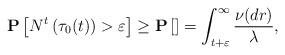
LaTeX: \begin{align*}\mathbf P\left[N^t\left(\tau_0 (t)\right)> \varepsilon\right] \ge \mathbf P\left[\right]=\int_{t+\varepsilon}^\infty \frac{\nu(dr)}{\lambda},\end{align*}